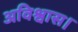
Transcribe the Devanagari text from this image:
अविश्वास।